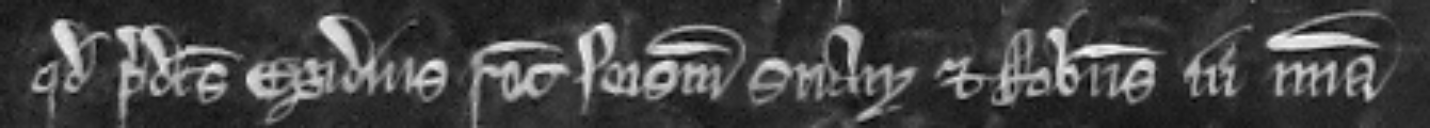
quod predictus Egidius recuperet seisinam suam et Robertus in misericordia.